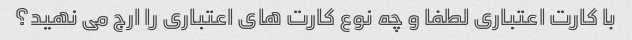
با کارت اعتباری لطفا و چه نوع کارت های اعتباری را ارج می نهید؟